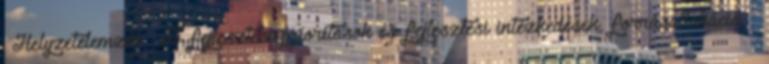
▪Helyzetelemzés ▪Fő fejlesztési prioritások és fejlesztési intézkedések, forrásallokáció ▪